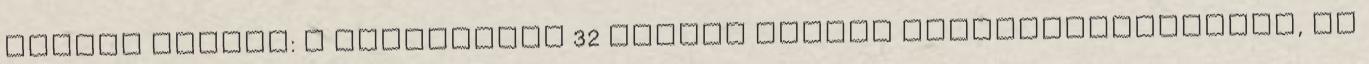
zárlat esetén: a legfeljebb 32 eszköz válhat mûködésképtelenné, és